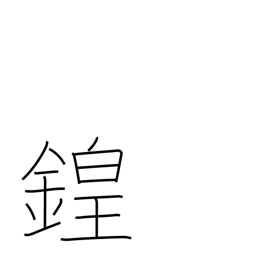
Meaning: sound of bells and drums